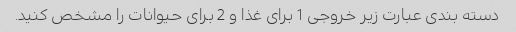
دسته بندی عبارت زیر خروجی 1 برای غذا و 2 برای حیوانات را مشخص کنید.